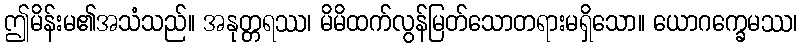
ဤမိန်းမ၏အသံသည်။ အနုတ္တရဿ၊ မိမိထက်လွန်မြတ်သောတရားမရှိသော။ ယောဂက္ခေမဿ၊